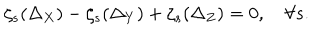
\zeta _ { s } ( \Delta _ { X } ) - \zeta _ { s } ( \Delta _ { Y } ) + \zeta _ { s } ( \Delta _ { Z } ) = 0 , \quad \forall s .